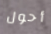
أحول